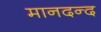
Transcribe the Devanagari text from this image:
मानदन्द